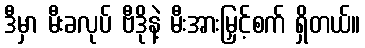
ဒီမှာ မီးခလုပ် ဗီဒိုနဲ့ မီးအားမြှင့်စက် ရှိတယ်။